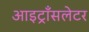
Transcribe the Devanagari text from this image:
आइट्राँसलेटर